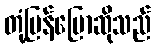
တုံ့ပြန်ပြောဆိုသည်